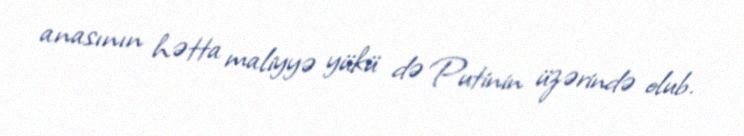
anasının hətta maliyyə yükü də Putinin üzərində olub.